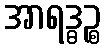
အာရဒ္ဓဉ္စ